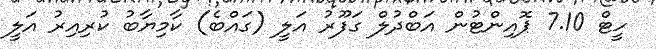
ހީޓް 7.10 ޕޮއިންޓުން އަބްދުލް ގަފޫރު އަލީ (ގައްބެ) ކާމިޔާބު ކުރިއިރު އަލީ